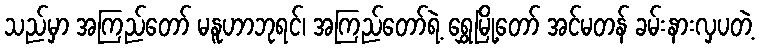
သည်မှာ အကြည်တော် မနူဟာဘုရင်၊ အကြည်တော်ရဲ့ ရွှေမြို့တော် အင်မတန် ခမ်းနားလှပတဲ့